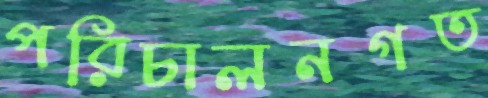
পরিচালনগত